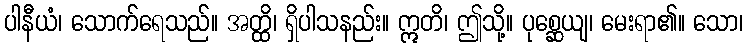
ပါနီယံ၊ သောက်ရေသည်။ အတ္ထိ၊ ရှိပါသနည်း။ ဣတိ၊ ဤသို့။ ပုစ္ဆေယျ၊ မေးရာ၏။ သော၊